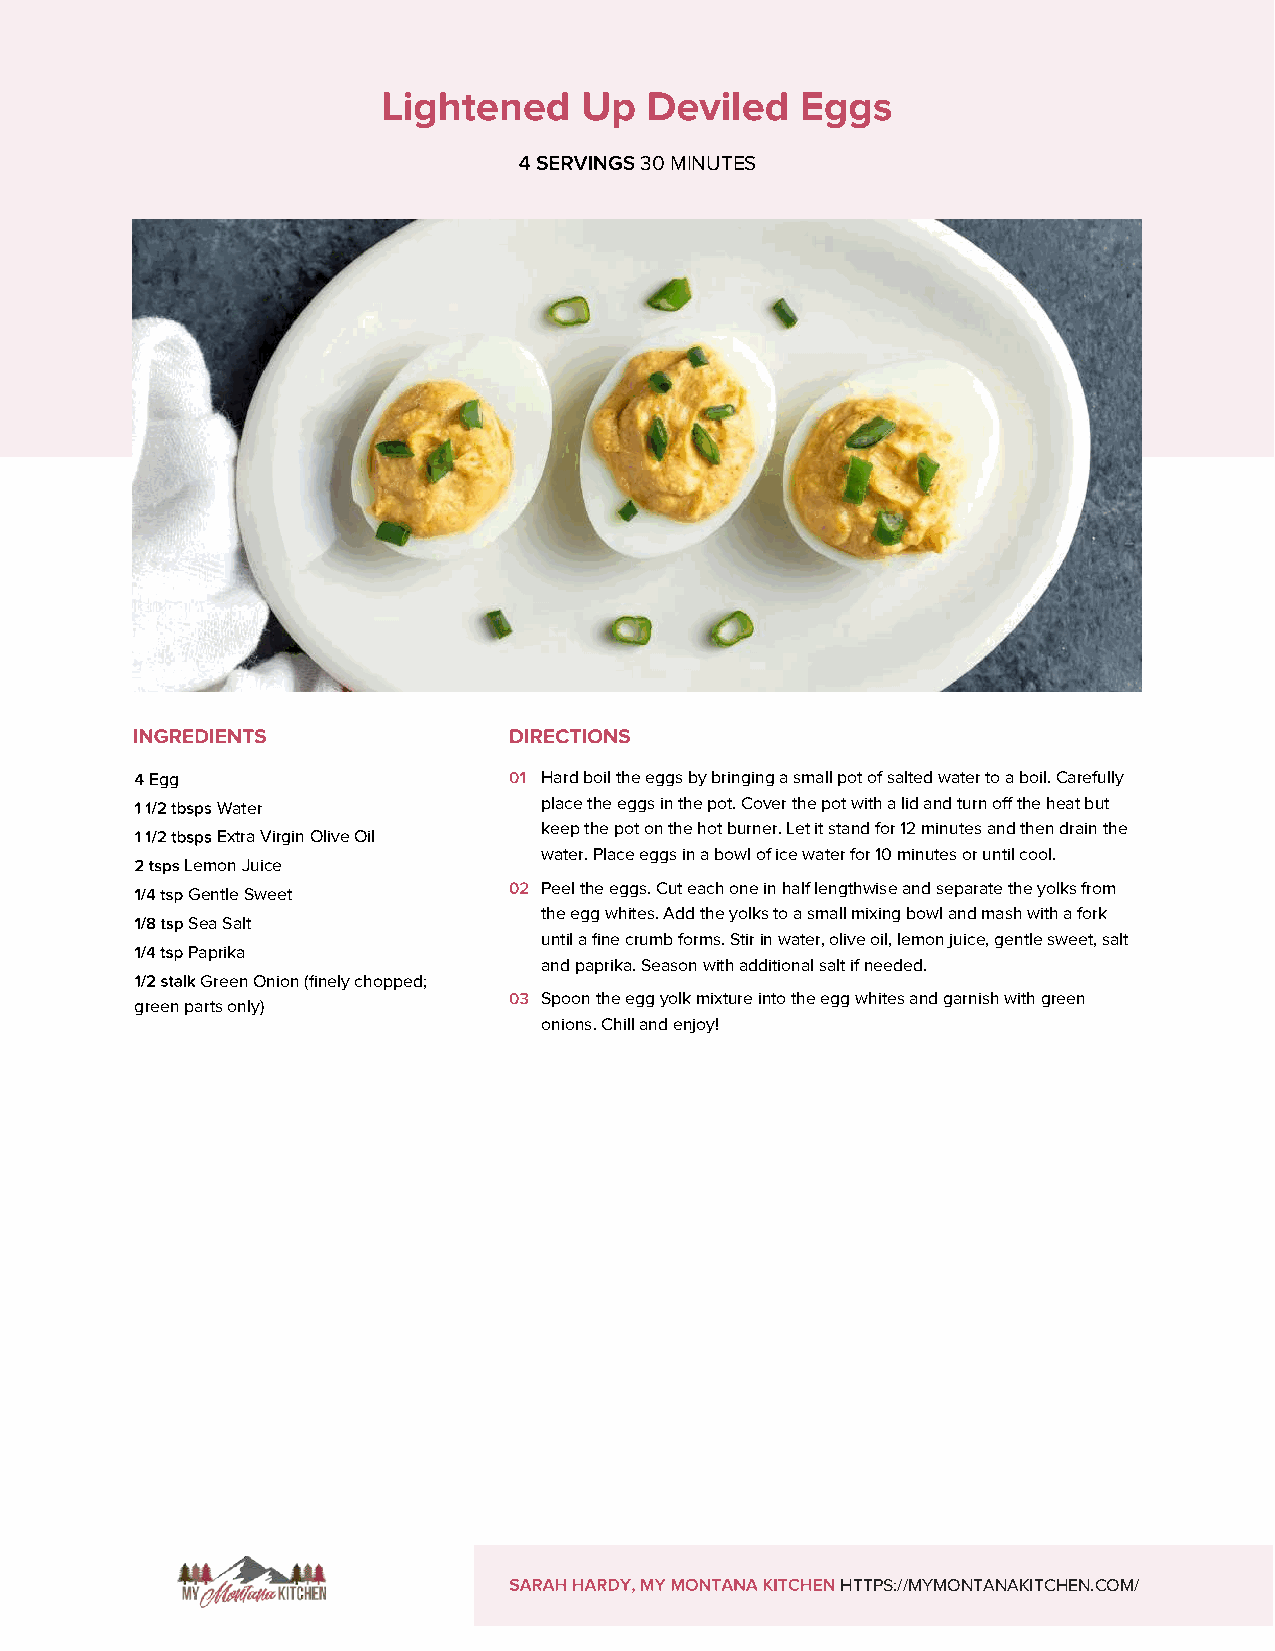
30 MINUTES
 Egg                       Hard boil the eggs by bringing a small pot of salted water to a boil. Carefully
 Water                 place the eggs in the pot. Cover the pot with a lid and turn off the heat but
 keep the pot on the hot burner. Let it stand for 12 minutes and then drain the
 Extra Virgin Olive Oil
 water. Place eggs in a bowl of ice water for 10 minutes or until cool.
 Lemon Juice
 Peel the eggs. Cut each one in half lengthwise and separate the yolks from
 Gentle Sweet
 the egg whites. Add the yolks to a small mixing bowl and mash with a fork
 Sea Salt
 until a fine crumb forms. Stir in water, olive oil, lemon juice, gentle sweet, salt
 Paprika
 and paprika. Season with additional salt if needed.
 Green Onion (finely chopped;
 Spoon the egg yolk mixture into the egg whites and garnish with green
 green parts only)
 onions. Chill and enjoy!
 HTTPS://MYMONTANAKITCHEN.COM/